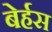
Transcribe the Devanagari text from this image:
बेर्हस